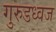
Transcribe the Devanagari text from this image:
गुरुडध्वज